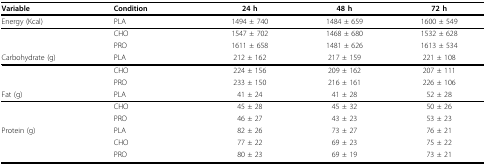
<table><thead><tr><td><b>Variable</b></td><td><b>Condition</b></td><td><b>24 h</b></td><td><b>48 h</b></td><td><b>72 h</b></td></tr></thead><tbody><tr><td>Energy (Kcal)</td><td>PLA</td><td>1494 ± 740</td><td>1484 ± 659</td><td>1600 ± 549</td></tr><tr><td></td><td>CHO</td><td>1547 ± 702</td><td>1468 ± 680</td><td>1532 ± 628</td></tr><tr><td></td><td>PRO</td><td>1611 ± 658</td><td>1481 ± 626</td><td>1613 ± 534</td></tr><tr><td>Carbohydrate (g)</td><td>PLA</td><td>212 ± 162</td><td>217 ± 159</td><td>221 ± 108</td></tr><tr><td></td><td>CHO</td><td>224 ± 156</td><td>209 ± 162</td><td>207 ± 111</td></tr><tr><td></td><td>PRO</td><td>233 ± 150</td><td>216 ± 161</td><td>226 ± 106</td></tr><tr><td>Fat (g)</td><td>PLA</td><td>41 ± 24</td><td>41 ± 28</td><td>52 ± 28</td></tr><tr><td></td><td>CHO</td><td>45 ± 28</td><td>45 ± 32</td><td>50 ± 26</td></tr><tr><td></td><td>PRO</td><td>46 ± 27</td><td>43 ± 23</td><td>53 ± 23</td></tr><tr><td>Protein (g)</td><td>PLA</td><td>82 ± 26</td><td>73 ± 27</td><td>76 ± 21</td></tr><tr><td></td><td>CHO</td><td>77 ± 22</td><td>69 ± 23</td><td>75 ± 22</td></tr><tr><td></td><td>PRO</td><td>80 ± 23</td><td>69 ± 19</td><td>73 ± 21</td></tr></tbody></table>